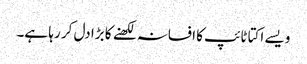
ویسے اکتا ٹائپ کا افسانہ لکھنے کا بڑا دل کر رہا ہے۔